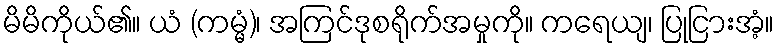
မိမိကိုယ်၏။ ယံ (ကမ္မံ)၊ အကြင်ဒုစရိုက်အမှုကို။ ကရေယျ၊ ပြုငြားအံ့။